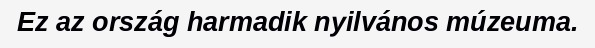
Ez az ország harmadik nyilvános múzeuma.